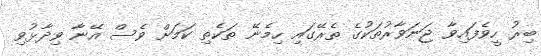
ބިރު ހީވެފައިވާ ޖަނަވާރުތަކުގެ ތެރޭގައި ހިމެނޭ ތަކެތި ކަމަށް ވެސް އޭނާ ވިދާޅުވި